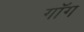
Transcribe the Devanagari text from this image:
गॉग